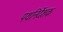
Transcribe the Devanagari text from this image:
पथनिर्देशक